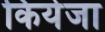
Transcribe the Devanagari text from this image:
कियेजा